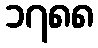
၁၇၈၈